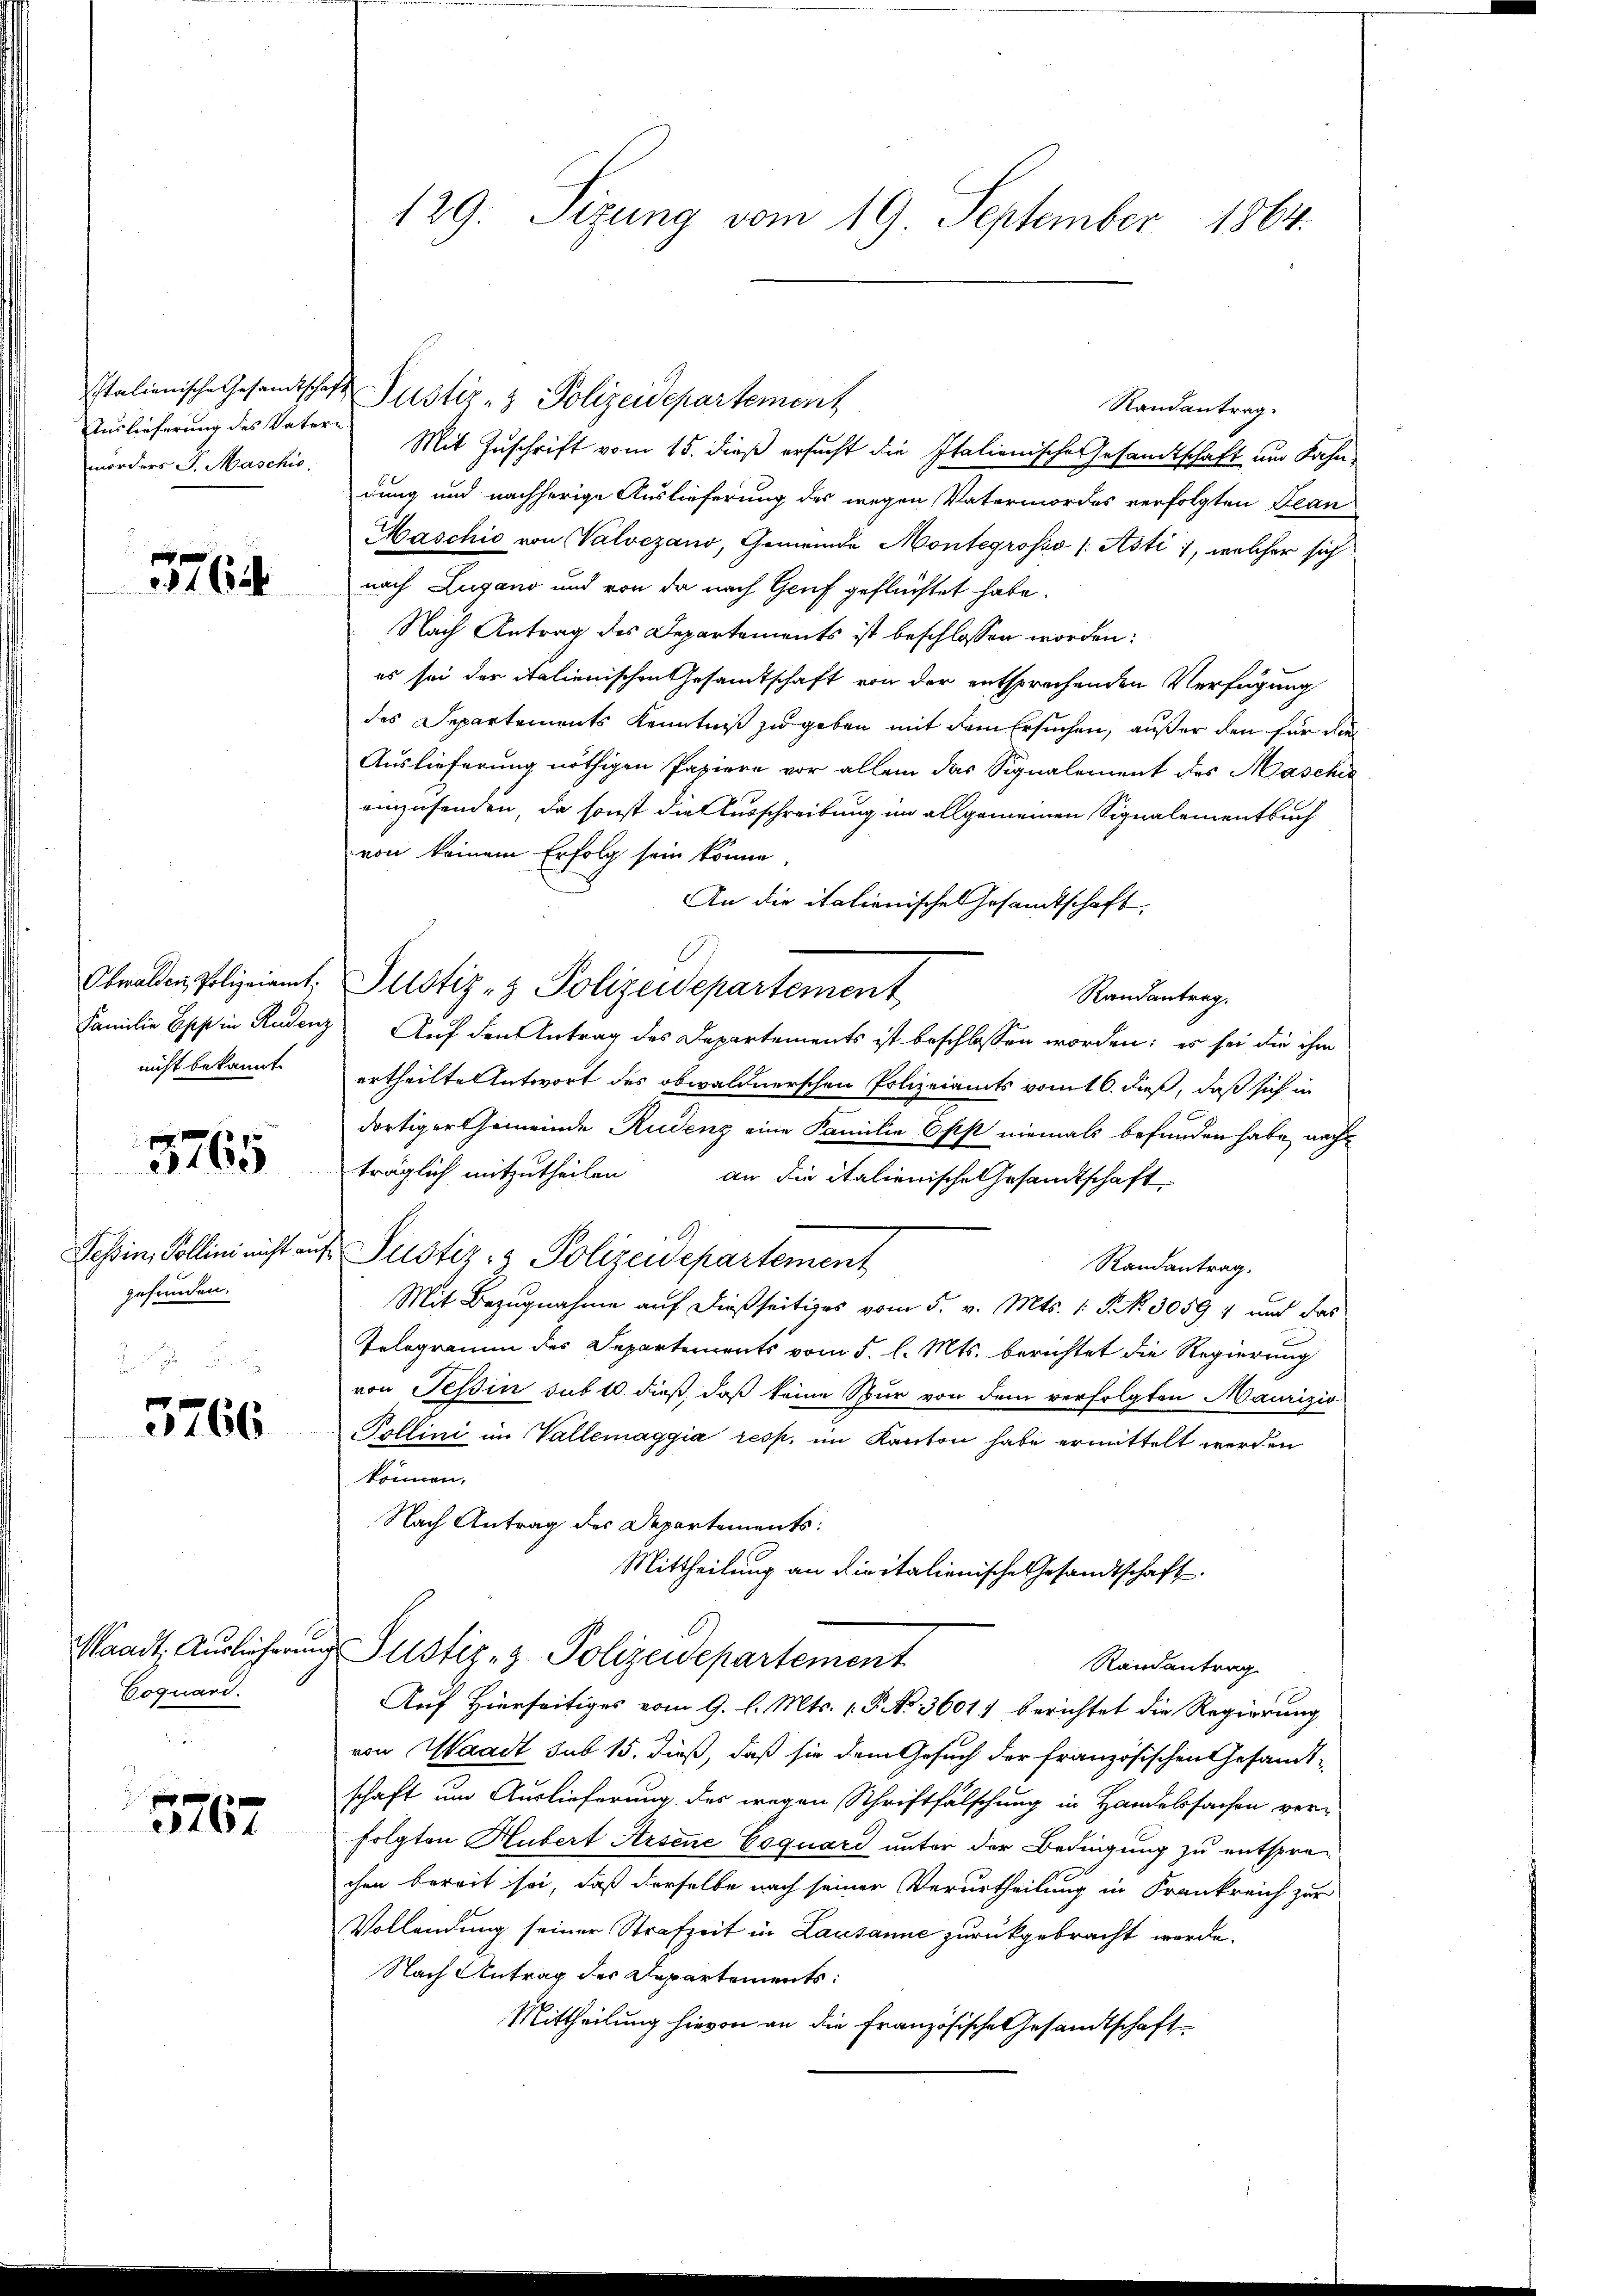
sitalienische Gesandtschaft
Auslieferung des Vatern
mörders J. Maschio.

3764

nicht bekannt.

3765

Tessin, Pollini nicht an
gefunden.

3766

Waadt, Ausliefern
Coquard.
e

3167

129: Sizung vom 19. September 1864.

Randantrag.
Mit Zuschrift vom 15. dieß ersucht die Italienische Gesandtschaft um Fahn
dung und nachherige Auslieferung des wegen Vatermordes verfolgten Bean
Maschio von Valvezano, Gemeinde Montegrosso (Asti, welcher sich
nach Lugano und von da nach Genf geflüchtet habe.
Nach Antrag des Departements ist beschlossen worden:
es sei der italienischen Gesamtschaft von der entsprochenden Verfügung
des Departements Kenntniß zu geben mit dem Ersuchen, außer den für die
Auslieferung nöthigen Papiere vor allem das Signalement des Maschi
einzusenden, da sonst die Ausschreibung im allgemeinen Signalementbuch
von keinem Erfolg sein könne,
An die italienisches Gesandtschaft.
C
Obwalden Polizeiamt. Justiz- & Polizeidepartement
Randantrag.
Familie Eppin Rudenz Auf den Antrag des Departements ist beschlossen worden; es sei die ihm
ertheilte Antwort des obwaldnerschen Polizeiamts vom 16. dieß, daß sich in
dortiger Gemeinde Rudenz eine Familie Epist niemals befunden habe, nach
träglich mitzutheilen an die italienische Gesandtschaft
A
u Justiz- & Polizeidepartement
Randantrag.
Mit Bezugnahme auf dießseitiges vom 5. v. Mts. 1. P. No. 30591 und das
Telegramm des Departements vom 5. l. Mts. berichtet die Regierung
von Tessin sub 10. dieß, daß keine Spur von dem verfolgten Maurizio
Pollini im Vallemaggia resp. im Kanton habe ermittelt werden
können.
Nach Antrag des Departements:
Mittheilung an diritalienische Gesandtschaft.
u Justiz- & Polizeidepartement
Randantrag
Auf Hierseitiges vom 9. l. Mts. 1. P. No. 3601 berichtet die Regierung
von Waadt sub 15. dieß, daß sie dem Gesuch der französischen Gesamt-
schaft um Auslieferung des wegen Schriftfälschung in Handelssachen verfolgten Hubert Arsene Coquard unter der Bedingung zu entsprechen bereit sei, daß derselbe nach seiner Verurtheilung in Frankreich zur
Vollendung seiner Strafzeit in Lausanne zurückgebracht werde.
Nach Antrag des Departements:
Mittheilung hievon an die Französische Gesandtschaft

Justiz- & Polizeidepartement